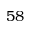
5 8